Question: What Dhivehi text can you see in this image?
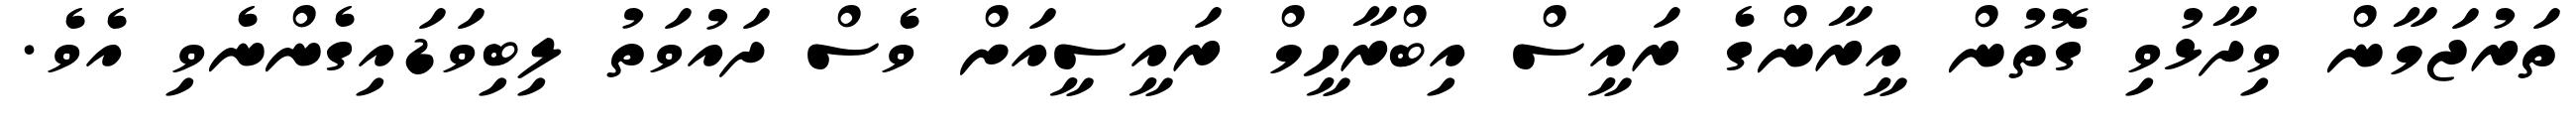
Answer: ތަރުޖަމާން ވިދާޅުވި ގޮތުން އީރާންގެ ރައީސް އިބްރާހީމް ރައީސީއަށް ވެސް ދައުވަތު ލިބިވަޑައިގެންނެވި އެވެ.